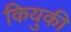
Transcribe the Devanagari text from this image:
कियुकी